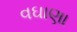
વઘાણા